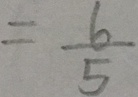
= \frac { 6 } { 5 }